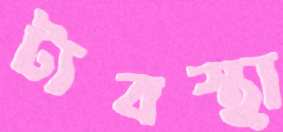
ট্যবস্থা